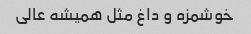
خوشمزه و داغ مثل همیشه عالی